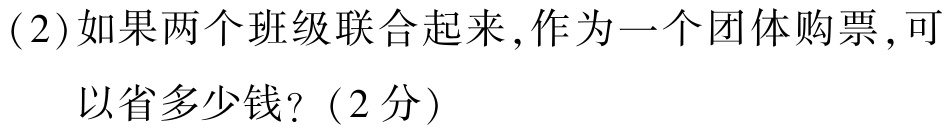
(2)如果两个班级联合起来,作为一个团体购票,可

以省多少钱?（2分）